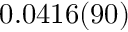
0 . 0 4 1 6 ( 9 0 )